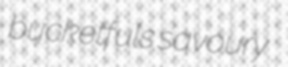
bucketfuls savoury